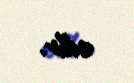
edir.